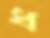
ধ